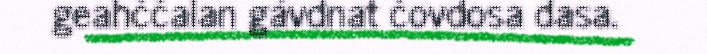
geahččalan gávdnat čovdosa dasa.